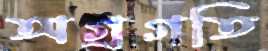
অগ্রগতি